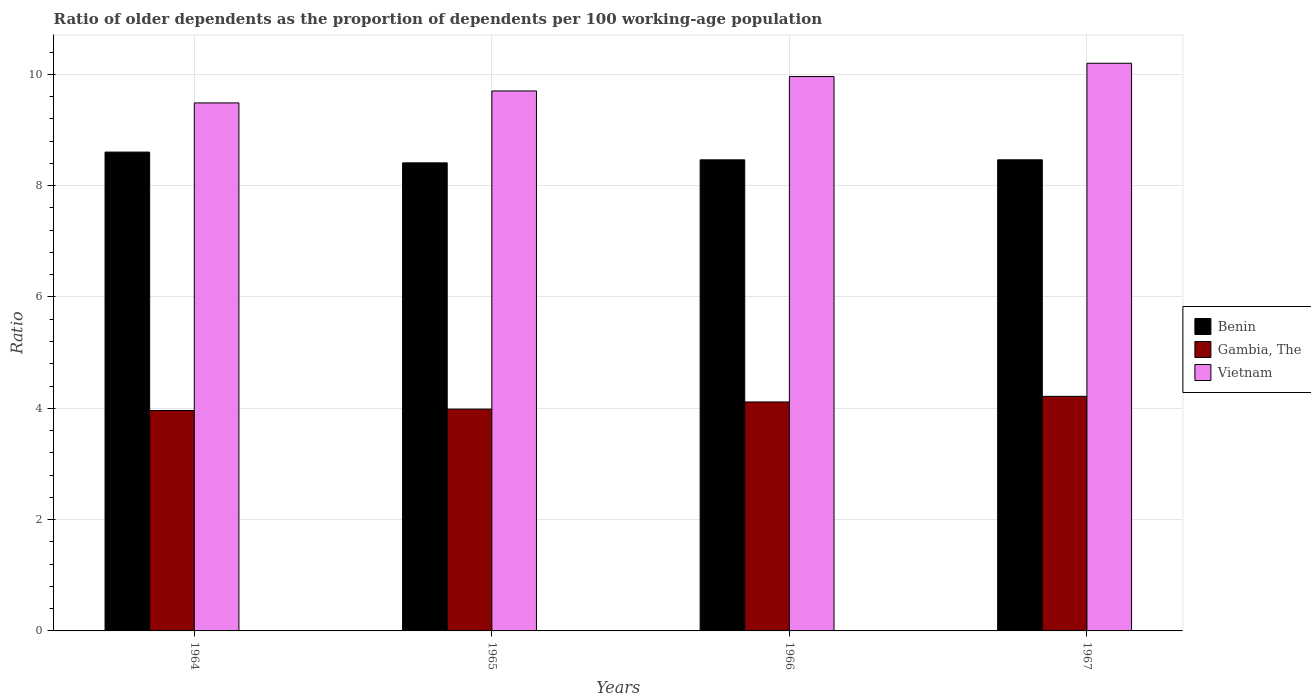
| Years | Benin | Gambia, The | Vietnam |
 | --- | --- | --- | --- |
 | 1964 | 8.6 | 3.96 | 9.49 |
 | 1965 | 8.41 | 3.99 | 9.7 |
 | 1966 | 8.46 | 4.11 | 9.96 |
 | 1967 | 8.46 | 4.21 | 10.2 |